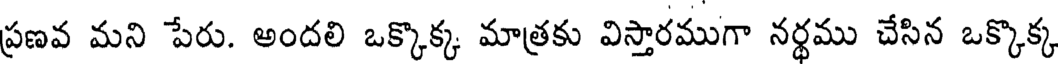
ప్రణవ మని పేరు. అందలి ఒక్కొక్క మాత్రకు విస్తారముగా నర్థము చేసిన ఒక్కొక్క